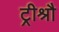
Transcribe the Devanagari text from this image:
ट्रीश्रौ